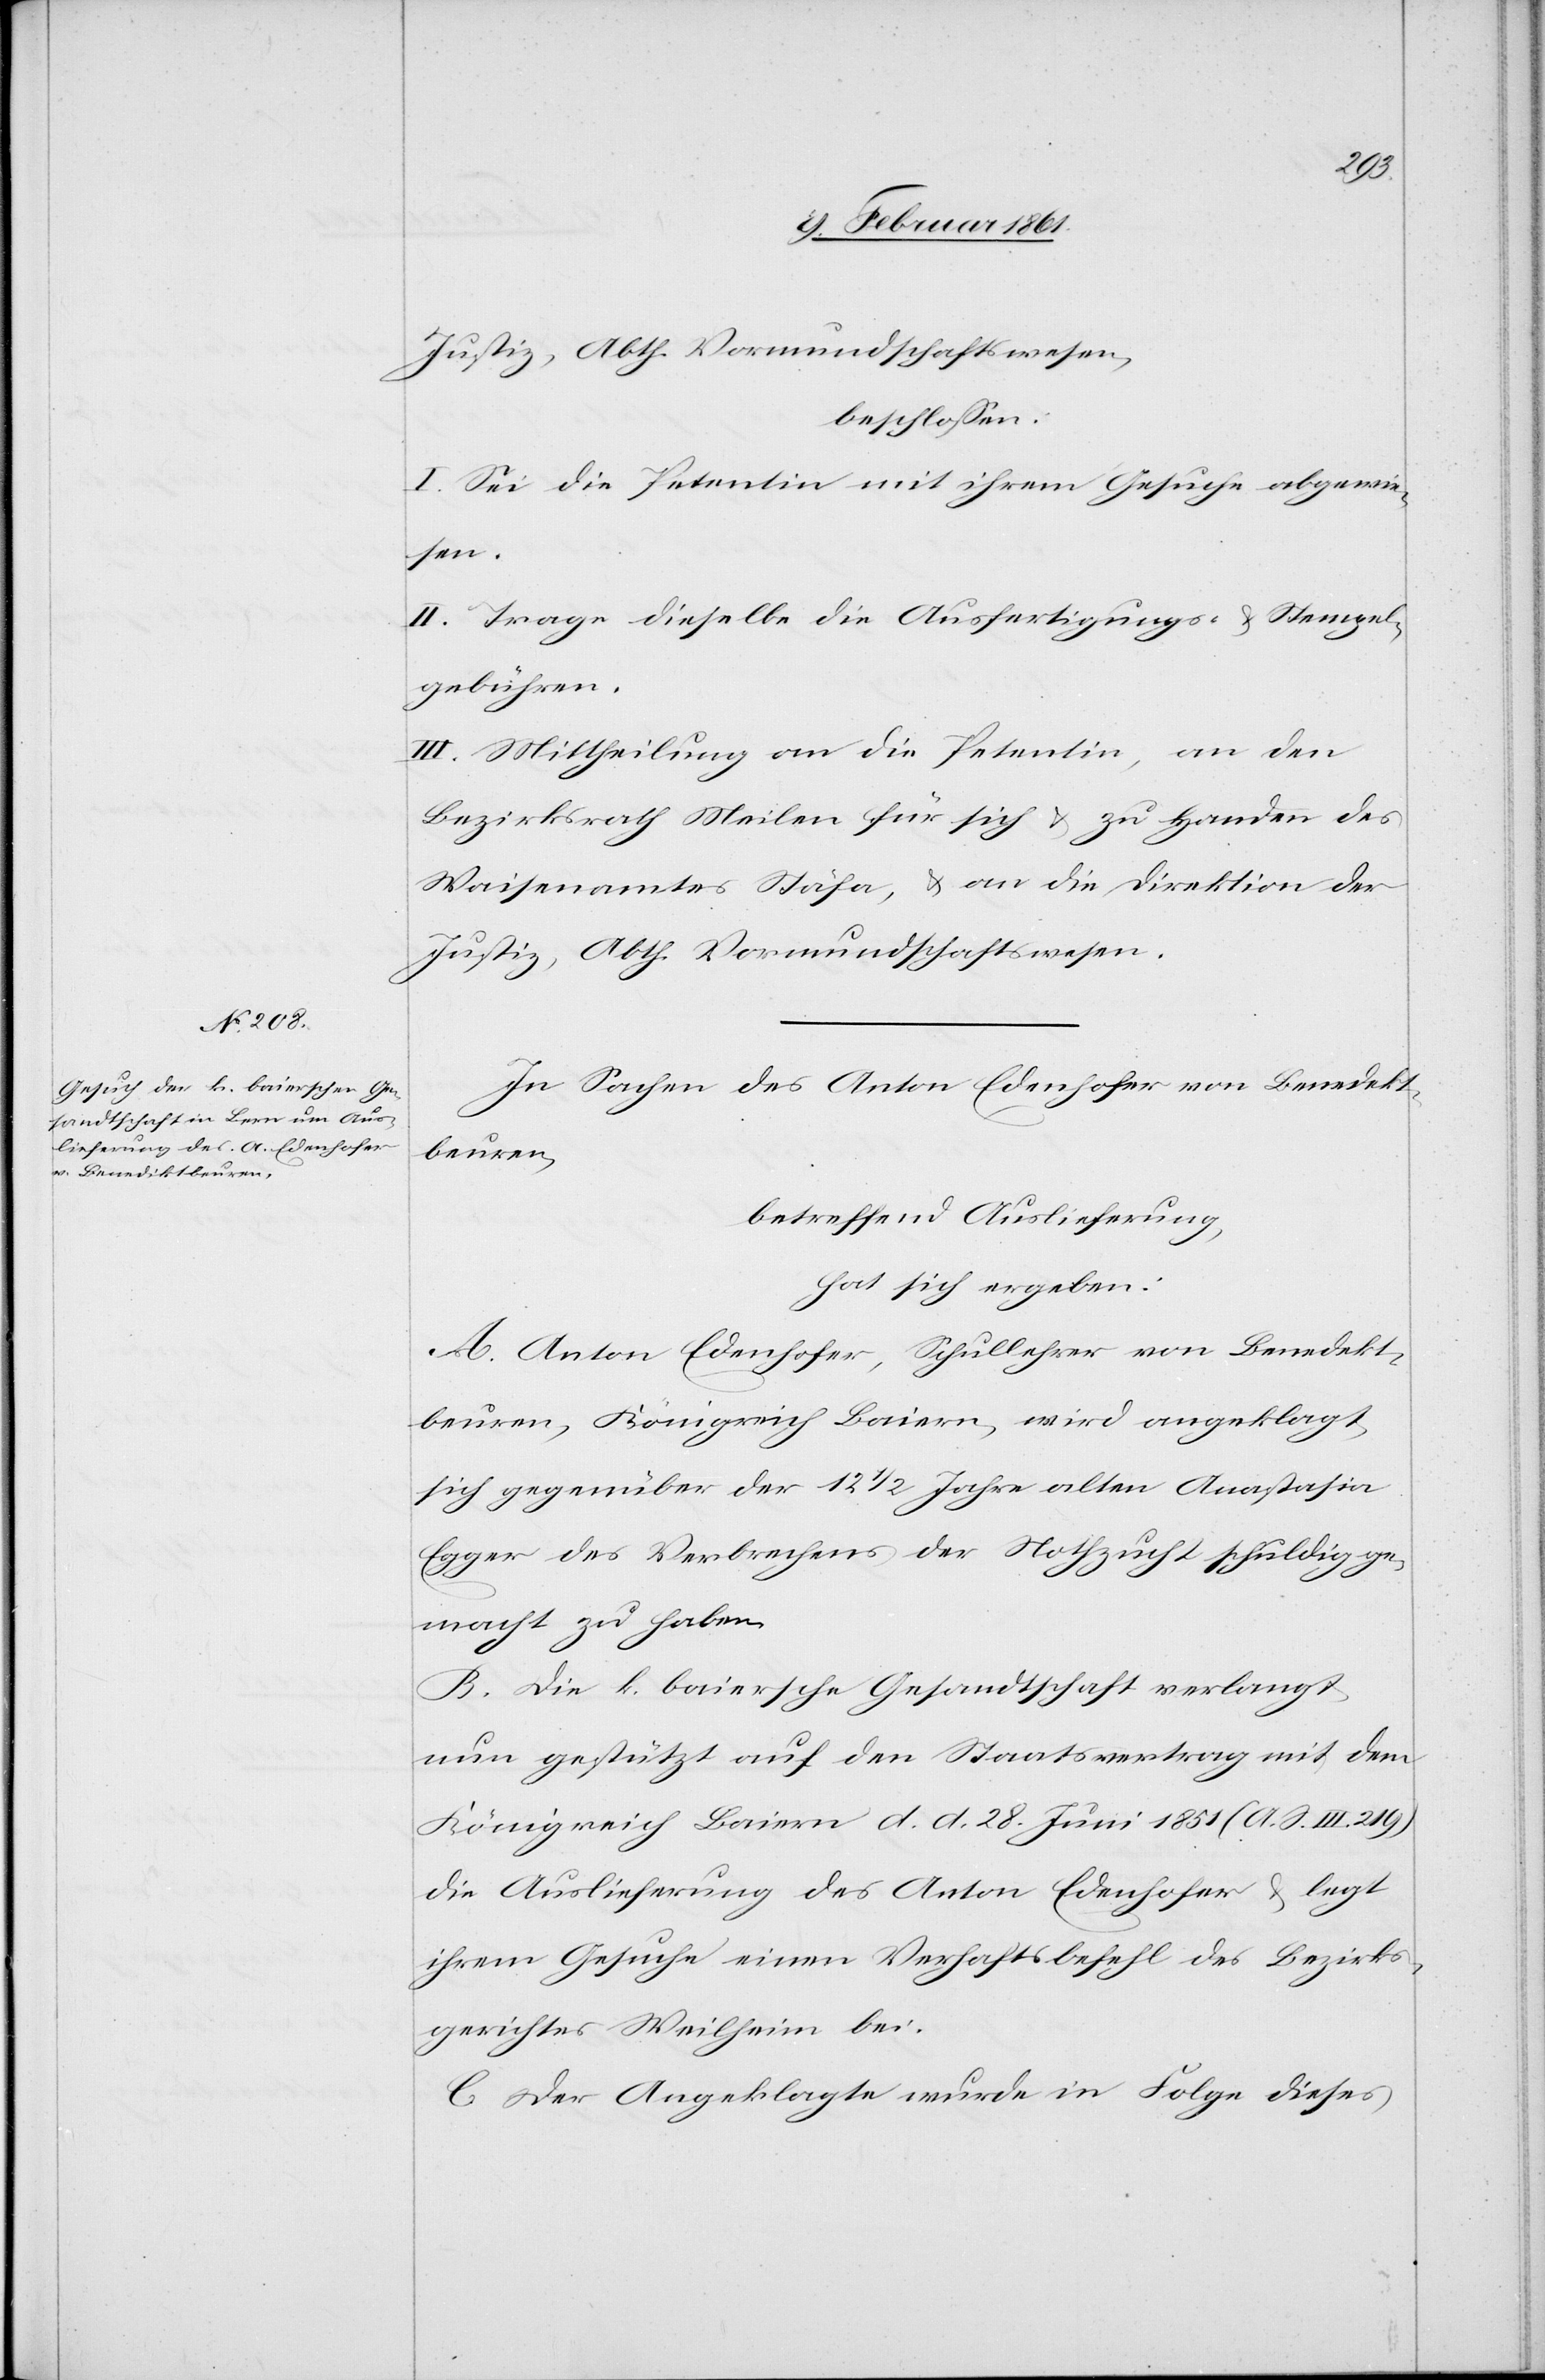
Justiz, Abth. Vormundschaftswesen,
beschlossen:
I. Sei die Petentin mit ihrem Gesuche abgewie¬
sen.
II. Trage dieselbe die Ausfertigungs- u. Stempel¬
gebühren.
III. Mittheilung an die Petentin, an den
Bezirksrath Meilen für sich u. zu Handen des
Waisenamtes Stäfa, u. an die Direktion der
Justiz, Abth. Vormundschaftswesen.
In Sachen des Anton Edenhofer von Benedekt¬
beuren,
betreffend Auslieferung,
hat sich ergeben:
A. Anton Edenhofer, Schullehrer von Benedekt¬
beuren, Königreich Baiern, wird angeklagt,
sich gegenüber der 12 1/2 Jahre alten Anastasia
Egger des Verbrechens der Nothzucht schuldig ge¬
macht zu haben.
B. Die k. baiersche Gesandtschaft verlangt,
nun gestützt auf den Staatsvertrag mit dem
Königreich Baiern d. d. 28. Juni 1851 (A. S. III. 219)
die Auslieferung des Anton Edenhofer u. legt
ihrem Gesuche einen Verhaftsbefehl des Bezirks¬
gerichtes Weilheim bei.
C. Der Angeklagte wurde in Folge dieses